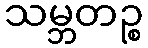
သမ္ဘတဉ္စ